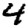
Digit: 4